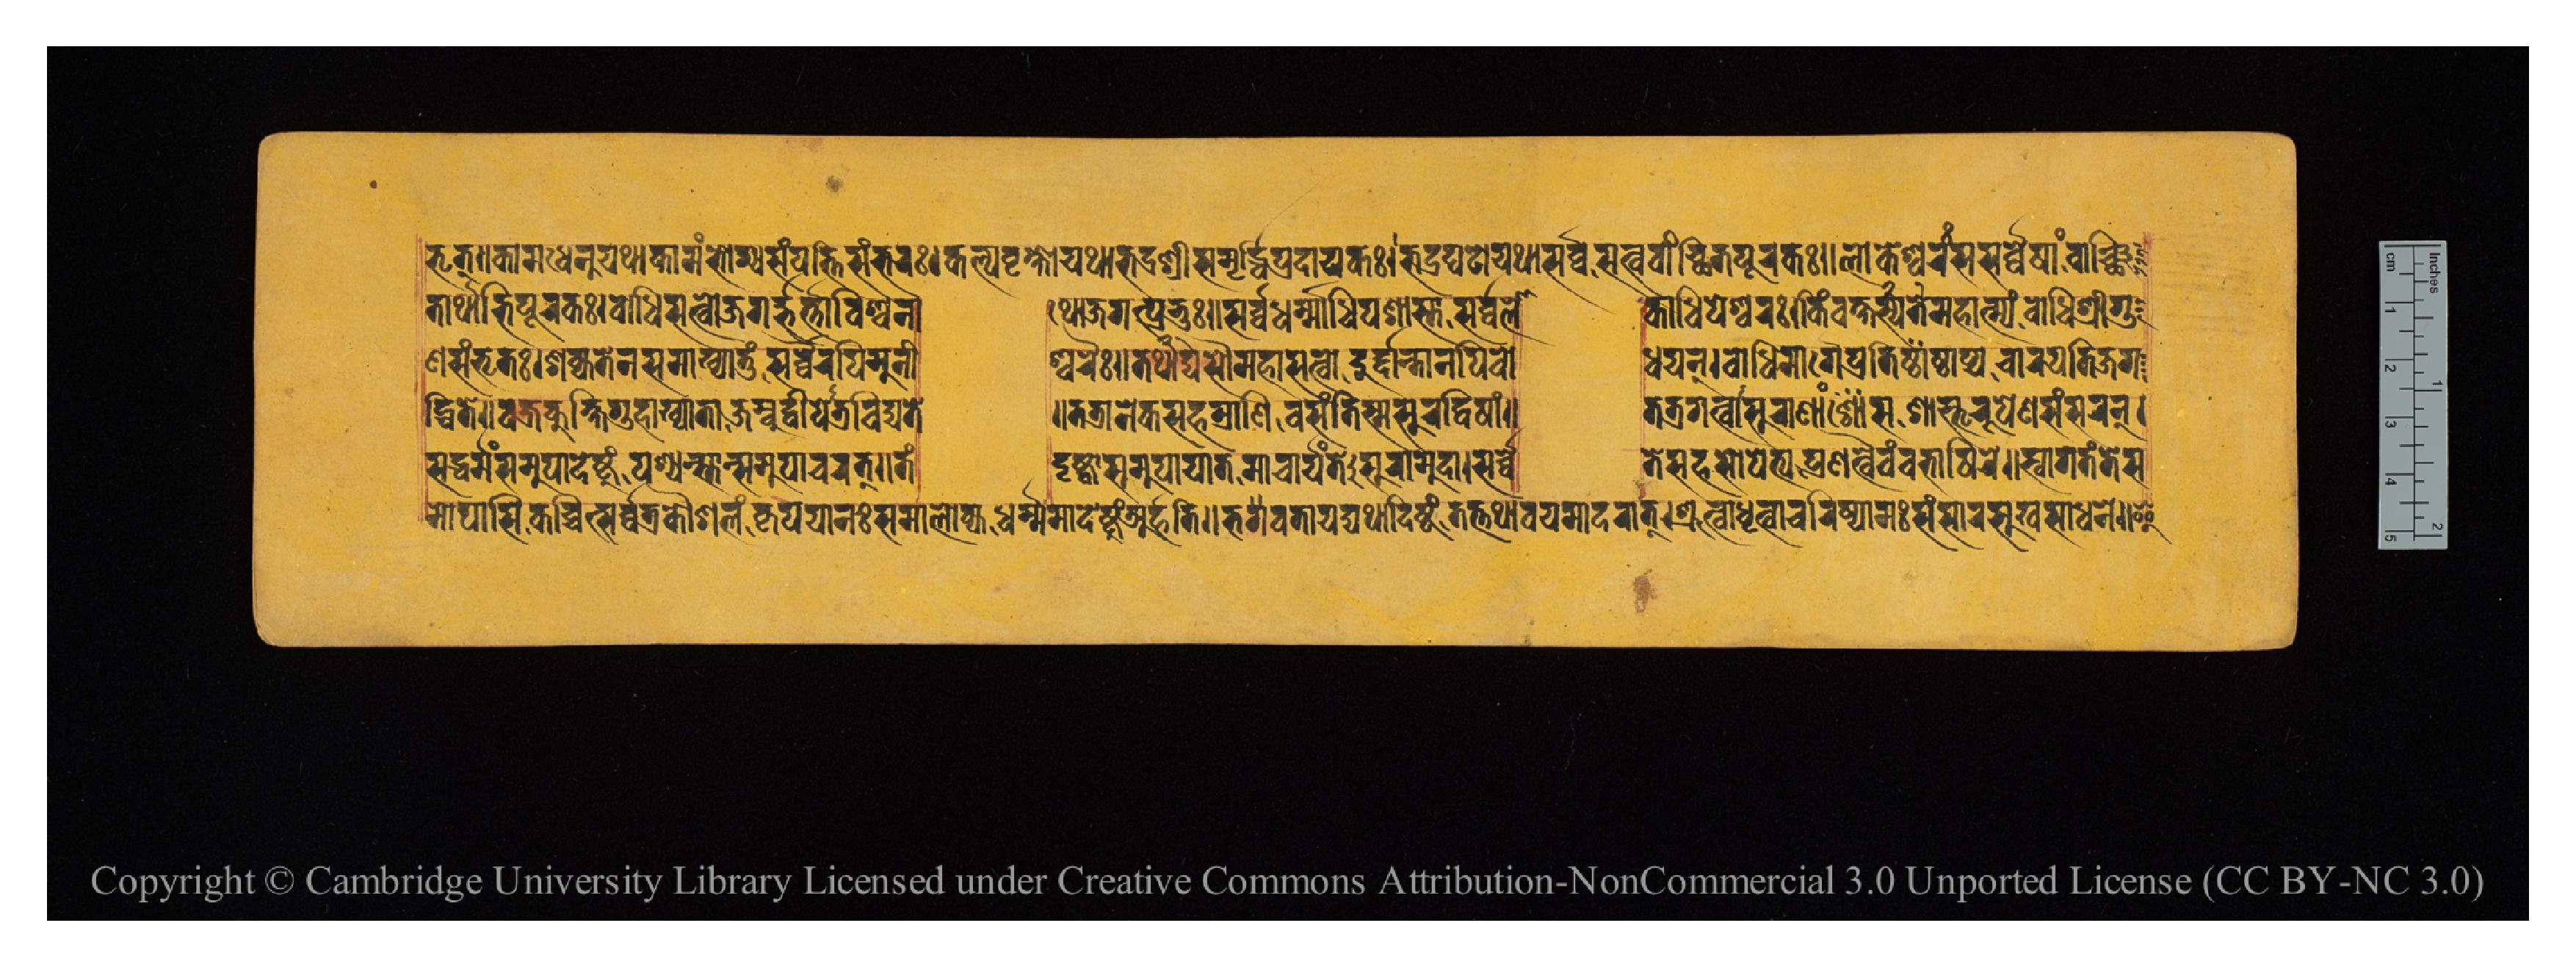
𑐨𑐺𑐟𑑂𑑌𑐎𑐵𑐩𑐢𑐾𑐣𑐸𑐬𑑂𑐫𑐠𑐵𑐎𑐵𑐩𑑄𑐨𑑀𑐐𑑂𑐫𑑄𑐳𑑄𑐥𑐟𑑂𑐟𑐶𑐳𑑄𑐨𑐬𑑅𑑋𑐎𑐮𑑂𑐥𑐰𑐺𑐎𑑂𑐲𑑀𑐫𑐠𑐵𑐨𑐡𑑂𑐬𑐱𑑂𑐬𑐷𑐳𑐩𑐺𑐡𑑂𑐢𑐶𑐥𑑂𑐬𑐡𑐵𑐫𑐎𑑅𑑋𑐨𑐐𑑂𑐬𑐑𑐚𑑀𑐫𑐠𑐵𑐳𑐬𑑂𑐰𑑂𑐰𑐳𑐟𑑂𑐰𑐰𑐵𑐘𑑂𑐕𑐶𑐟𑐥𑐹𑐬𑐎𑑅𑑌𑐮𑑀𑐎𑐾𑐱𑑂𑐰𑐬𑑅𑐳𑐳𑐬𑑂𑐰𑑂𑐰𑐾𑐲𑐵𑑄𑐰𑐵𑐘𑑂𑐕𑐶 𑐟𑐵𑐬𑑂𑐠𑐵𑐨𑐶𑐥𑐹𑐬𑐎𑑅𑑋𑐧𑑀𑐢𑐶𑐳𑐟𑑂𑐰𑑀𑐖𑐐𑐡𑑂𑐨𑐬𑑂𑐟𑐵𑐰𑐶𑐱𑑂𑐰𑐣𑐵  𑐠𑑀𑐖𑐐𑐟𑑂𑐥𑑂𑐬𑐨𑐸𑑅𑑌𑐳𑐬𑑂𑐰𑑂𑐰𑐢𑐬𑑂𑐩𑐵𑐢𑐶𑐥𑐱𑑂𑐱𑐵𑐳𑑂𑐟𑐵𑐳𑐬𑑂𑐰𑑂𑐰𑐮𑑀  𑐎𑐵𑐢𑐶𑐥𑐾𑐱𑑂𑐱𑑂𑐰𑐬𑑅𑑋𑐎𑐶𑑄𑐰𑐎𑑂𑐲𑑂𑐫𑐟𑐾𑐳𑑂𑐫𑐩𑐵𑐴𑐵𑐟𑑂𑐩𑑂𑐫𑑄𑐧𑑀𑐢𑐶𑐱𑑂𑐬𑐷𑐐𑐸 𑐞𑐳𑑄𑐨𑐺𑐟𑑅𑑋𑐱𑐎𑑂𑐫𑐟𑐾𑐣𑐳𑐩𑐵𑐏𑑂𑐫𑐵𑐟𑐸𑑄𑐳𑐬𑑂𑐰𑑂𑐰𑐿𑐬𑐥𑐶𑐩𑐸𑐣𑐷  𑐱𑑂𑐰𑐬𑐿𑑅𑑌𑐟𑐡𑑂𑐫𑐠𑐵𑐳𑑁𑐩𑐴𑐵𑐳𑐟𑑂𑐰𑑀𑐡𑐸𑐬𑑂𑐡𑐵𑐣𑑂𑐟𑐵𑐣𑐥𑐶𑐧𑑀  𑐢𑐫𑐣𑑂𑑋𑐧𑑀𑐢𑐶𑐩𑐵𑐬𑑂𑐐𑐾𑐥𑑂𑐬𑐟𑐶𑐲𑑂𑐛𑐵𑐥𑑂𑐫𑐔𑐵𑐬𑐫𑐟𑐶𑐖𑐐  𑐡𑑂𑐢𑐶𑐟𑐾𑑌𑐰𑐖𑑂𑐬𑐎𑐸𑐎𑑂𑐲𑐶𑐐𑐸𑐴𑐵𑐏𑑂𑐫𑐵𑐟𑐵𑐖𑐩𑑂𑐧𑐹𑐡𑑂𑐰𑐶𑐥𑐾𑐟𑑂𑐬𑐰𑐶𑐡𑑂𑐫𑐟𑐾  𑑌𑐟𑐟𑑂𑐬𑐵𑐣𑐾𑐎𑐳𑐴𑐳𑑂𑐟𑑂𑐬𑐵𑐣𑐶𑐰𑐳𑐣𑑂𑐟𑐶𑐳𑑂𑐩𑐳𑐸𑐬𑐡𑑂𑐰𑐶𑐲𑐵𑑄𑑌  𑐟𑐟𑑂𑐬𑐐𑐟𑑂𑐰𑐵𑐳𑐸𑐬𑐵𑐞𑐵𑑄𑐳𑐱𑐵𑐳𑑂𑐟𑐺𑐬𑐸𑐥𑐾𑐞𑐳𑑄𑐳𑐬𑐣𑑂𑑋 𑐩𑐵𑐫𑐳𑐶𑐎𑐱𑑂𑐔𑐶𑐟𑑂𑐳𑐬𑑂𑐰𑑂𑐰𑐟𑑂𑐬𑐎𑑁𑐱𑐮𑑄𑐎𑐺𑐥𑐫𑐵𑐣𑑅𑐳𑐩𑐵𑐮𑑀𑐎𑑂𑐫𑐢𑐬𑑂𑐩𑑂𑐩𑐩𑐵𑐡𑐾𑐲𑑂𑐚𑐸𑐩𑐬𑑂𑐴𑐟𑐶𑑌𑐨𑐰𑐟𑐵𑐫𑐡𑑂𑐫𑐠𑐵𑐡𑐶𑐲𑑂𑐚𑑄𑐟𑐟𑑂𑐟𑐠𑐵𑐰𑐫𑐩𑐵𑐡𑐬𑐵𑐟𑑂𑑋𑐱𑑂𑐬𑐸𑐟𑑂𑐰𑐵𑐢𑐺𑐟𑑂𑐰𑐵𑐔𑐬𑐶𑐲𑑂𑐫𑐵𑐩𑑅𑐳𑑄𑐳𑐵𑐬𑐳𑐸𑐏𑐳𑐵𑐢𑐣𑐾𑑌𑐂 𑐳𑐡𑑂𑐢𑐬𑑂𑐩𑑂𑐩𑑄𑐳𑐩𑐸𑐥𑐵𑐡𑐾𑐲𑑂𑐚𑐸𑑄𑐥𑐱𑑂𑐫𑑄𑐳𑑂𑐟𑐵𑐣𑑂𑐳𑐩𑐸𑐥𑐵𑐔𑐬𑐟𑑂𑑌𑐟𑑄  𑐡𑐺𑐲𑑂𑐚𑑂𑐰𑐵𑐳𑐩𑐸𑐥𑐵𑐫𑐵𑐟𑐩𑐵𑐔𑐵𑐬𑑂𑐫𑑄𑐟𑐾𑐳𑐸𑐬𑐵𑐩𑐸𑐡𑐵𑑋𑐳𑐬𑑂𑐰𑑂𑐰𑐾  𑐟𑐾𑐳𑐴𑐳𑑀𑐥𑐾𑐟𑑂𑐫𑐥𑑂𑐬𑐞𑐟𑑂𑐰𑐿𑐰𑑄𑐧𑐨𑐵𑐲𑐶𑐬𑐾𑑌𑐳𑑂𑐰𑐵𑐐𑐟𑑄𑐟𑐾𑐳